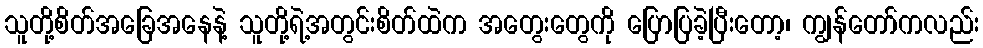
သူတို့စိတ်အခြေအနေနဲ့ သူတို့ရဲ့အတွင်းစိတ်ထဲက အတွေးတွေကို ပြောပြခဲ့ပြီးတော့၊ ကျွန်တော်ကလည်း